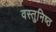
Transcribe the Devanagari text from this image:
वस्‍तुनिष्‍ठ